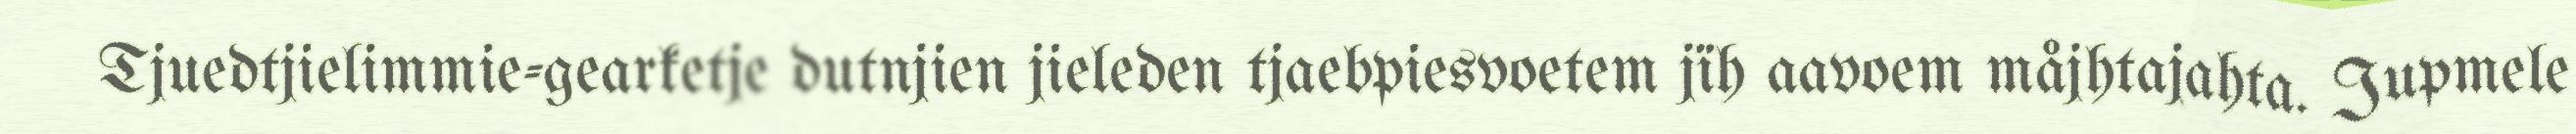
Tjuedtjielimmie-gearketje dutnjien jieleden tjaebpiesvoetem jïh aavoem måjhtajahta. Jupmele